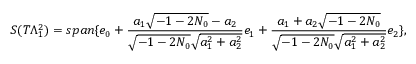
S ( T \Lambda _ { 1 } ^ { 2 } ) = s p a n \{ e _ { 0 } + \frac { a _ { 1 } \sqrt { - 1 - 2 N _ { 0 } } - a _ { 2 } } { \sqrt { - 1 - 2 N _ { 0 } } \sqrt { a _ { 1 } ^ { 2 } + a _ { 2 } ^ { 2 } } } e _ { 1 } + \frac { a _ { 1 } + a _ { 2 } \sqrt { - 1 - 2 N _ { 0 } } } { \sqrt { - 1 - 2 N _ { 0 } } \sqrt { a _ { 1 } ^ { 2 } + a _ { 2 } ^ { 2 } } } e _ { 2 } \} ,